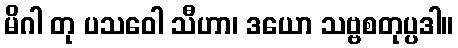
မိဂါ တု ပသဝေါ သီဟာ၊ ဒယော သဗ္ဗစတုပ္ပဒါ။